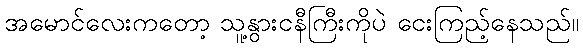
အမောင်လေးကတော့ သူ့နွားငနီကြီးကိုပဲ ငေးကြည့်နေသည်။